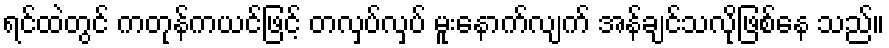
ရင်ထဲတွင် ကတုန်ကယင်ဖြင့် တလှပ်လှပ် မူးနောက်လျက် အန်ချင်သလိုဖြစ်နေ သည်။